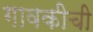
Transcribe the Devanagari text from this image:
गावकीची